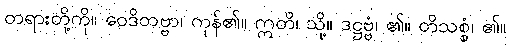
တရားတို့ကို။ ဝေဒိတဗ္ဗာ၊ ကုန်၏။ ဣတိ၊ သို့။ ဒဋ္ဌဗ္ဗံ၊ ၏။ တိသစ္စံ၊ ၏။